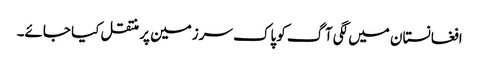
افغانستان میں لگی آگ کو پاک سرزمین پر منتقل کیا جائے۔